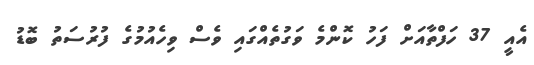
އެއީ 37 ހަފްތާއަށް ފަހު ކޮންމެ ވަގުތެއްގައި ވެސް ވިހެއުމުގެ ފުރުސަތު ބޮޑު